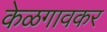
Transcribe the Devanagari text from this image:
केळगावकर